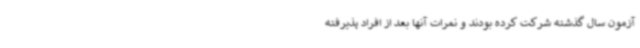
آزمون سال گذشته شرکت کرده بودند و نمرات آنها بعد از افراد پذیرفته